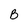
Character: B